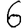
Digit: 6